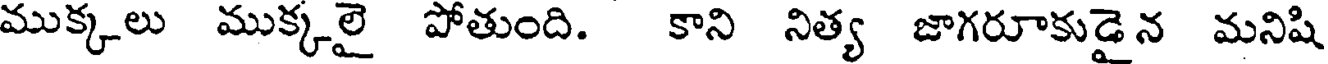
ముక్కలు ముక్కలై పోతుంది. కాని నిత్య జాగరూకుడైన మనిషి